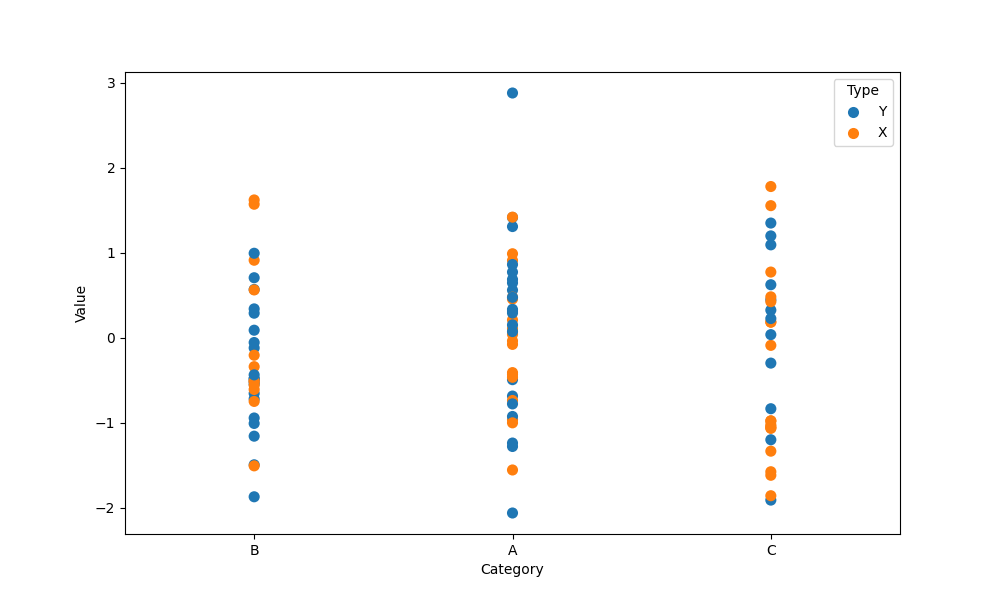
python, seaborn, stripplot, jitter=False, dodge=False, alpha=1.0, size=8